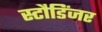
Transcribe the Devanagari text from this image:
स्टौडिंजर